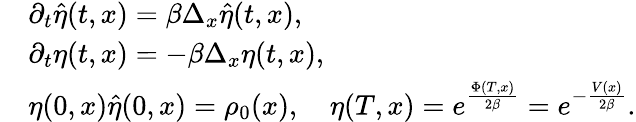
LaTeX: \begin{array}{rl}&{\partial_{t}\hat{\eta}(t,x)=\beta\Delta_{x}\hat{\eta}(t,x),}\\ &{\partial_{t}\eta(t,x)=-\beta\Delta_{x}\eta(t,x),}\\ &{\eta(0,x)\hat{\eta}(0,x)=\rho_{0}(x),\quad\eta(T,x)=e^{\frac{\Phi(T,x)}{2\beta}}=e^{-\frac{V(x)}{2\beta}}.}\end{array}